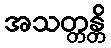
အသတ္တန္တိ